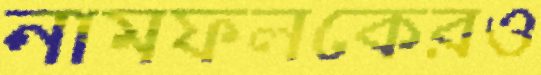
নামফলকেরও